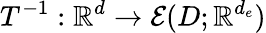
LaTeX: T^{-1}:\mathbb{R}^{d}\rightarrow\mathcal{E}(D;\mathbb{R}^{d_{e}})